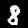
Digit: 8